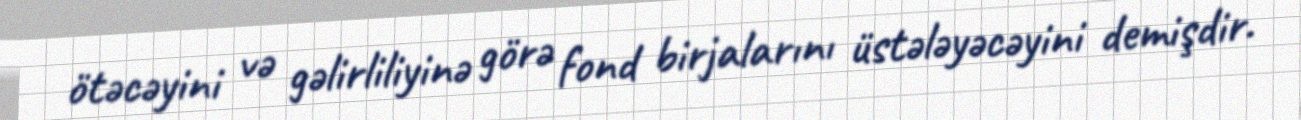
ötəcəyini və gəlirliliyinə görə fond birjalarını üstələyəcəyini demişdir.